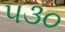
૫૩૦